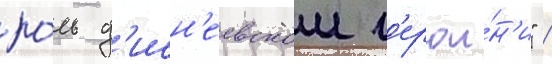
ро́ль д'исн'еевскои г'ерои́н'и" /